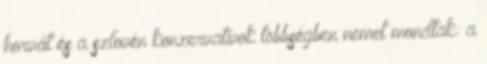
horvát és a szlovén konzervatívok többségben nemet mondtak: a